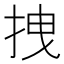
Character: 拽